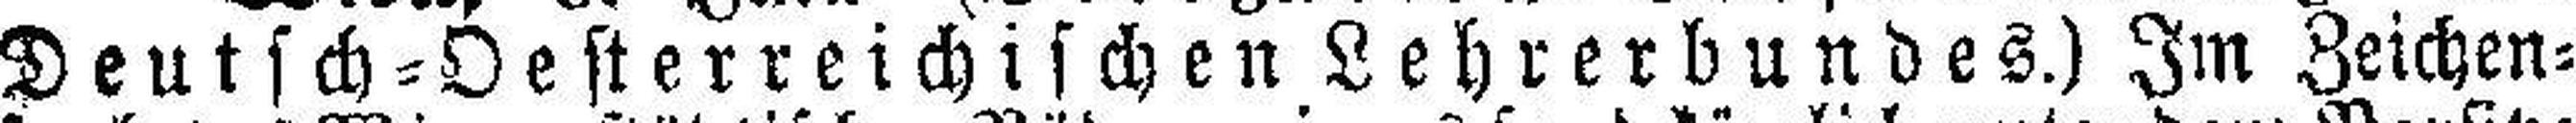
Deutsch=Oesterreichischen Lehrerbundes.) Im Zeichen¬